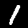
Label: 1